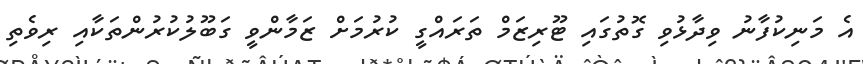
އެ މަނިކުފާނު ވިދާޅުވި ގޮތުގައި ޓޫރިޒަމް ތަރައްގީ ކުރުމަށް ޒަމާންވީ ގަބޫލުކުރުންތަކާއި ރިވެތި